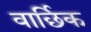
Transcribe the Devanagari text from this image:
वार्छिक